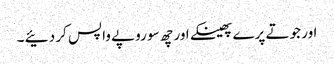
اور جوتے پرے پھینکے اور چھ سو روپے واپس کر دئیے ۔